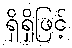
ရှိရှိဖြင့်